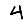
Digit: 4